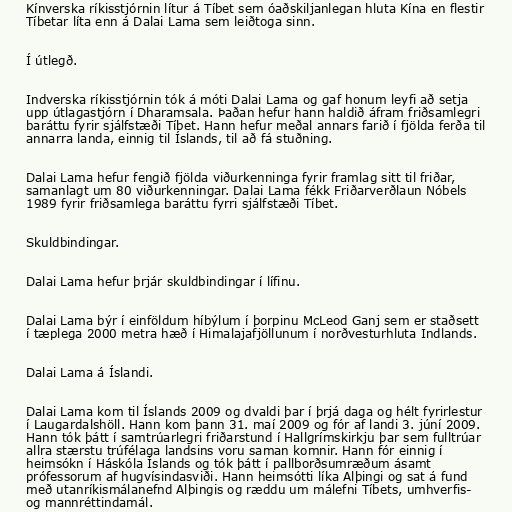
Kínverska ríkisstjórnin lítur á Tíbet sem óaðskiljanlegan hluta Kína en flestir
Tíbetar líta enn á Dalai Lama sem leiðtoga sinn.

Í útlegð.

Indverska ríkisstjórnin tók á móti Dalai Lama og gaf honum leyfi að setja
upp útlagastjórn í Dharamsala. Þaðan hefur hann haldið áfram friðsamlegri
baráttu fyrir sjálfstæði Tíbet. Hann hefur meðal annars farið í fjölda ferða til
annarra landa, einnig til Íslands, til að fá stuðning.

Dalai Lama hefur fengið fjölda viðurkenninga fyrir framlag sitt til friðar,
samanlagt um 80 viðurkenningar. Dalai Lama fékk Friðarverðlaun Nóbels
1989 fyrir friðsamlega baráttu fyrri sjálfstæði Tíbet.

Skuldbindingar.

Dalai Lama hefur þrjár skuldbindingar í lífinu.

Dalai Lama býr í einföldum híbýlum í þorpinu McLeod Ganj sem er staðsett
í tæplega 2000 metra hæð í Himalajafjöllunum í norðvesturhluta Indlands.

Dalai Lama á Íslandi.

Dalai Lama kom til Íslands 2009 og dvaldi þar í þrjá daga og hélt fyrirlestur
í Laugardalshöll. Hann kom þann 31. maí 2009 og fór af landi 3. júní 2009.
Hann tók þátt í samtrúarlegri friðarstund í Hallgrímskirkju þar sem fulltrúar
allra stærstu trúfélaga landsins voru saman komnir. Hann fór einnig í
heimsókn í Háskóla Íslands og tók þátt í pallborðsumræðum ásamt
prófessorum af hugvísindasviði. Hann heimsótti líka Alþingi og sat á fund
með utanríkismálanefnd Alþingis og ræddu um málefni Tíbets, umhverfis-
og mannréttindamál.